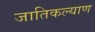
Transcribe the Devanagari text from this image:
जातिकल्याण